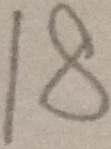
1 8